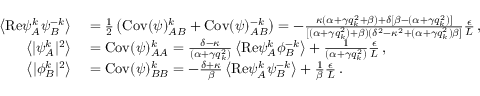
\begin{array} { r l } { \left\langle \mathrm { R e } { \psi } _ { A } ^ { k } { \psi } _ { B } ^ { - k } \right\rangle } & { { } = \frac { 1 } { 2 } \left( \mathrm { C o v } ( \psi ) _ { A B } ^ { k } + \mathrm { C o v } ( \psi ) _ { A B } ^ { - k } \right) = - \frac { \kappa ( \alpha + \gamma q _ { k } ^ { 2 } + \beta ) + \delta [ \beta - ( \alpha + \gamma q _ { k } ^ { 2 } ) ] } { [ ( \alpha + \gamma q _ { k } ^ { 2 } ) + \beta ) ( \delta ^ { 2 } - \kappa ^ { 2 } + ( \alpha + \gamma q _ { k } ^ { 2 } ) \beta ] } \frac { \epsilon } { L } \, , } \\ { \left\langle \vert { \psi } _ { A } ^ { k } \vert ^ { 2 } \right\rangle } & { { } = \mathrm { C o v } ( \psi ) _ { A A } ^ { k } = \frac { \delta - \kappa } { ( \alpha + \gamma q _ { k } ^ { 2 } ) } \left\langle \mathrm { R e } { \psi } _ { A } ^ { k } { \phi } _ { B } ^ { - k } \right\rangle + \frac { 1 } { ( \alpha + \gamma q _ { k } ^ { 2 } ) } \frac { \epsilon } { L } \, , } \\ { \left\langle \vert { \phi } _ { B } ^ { k } \vert ^ { 2 } \right\rangle } & { { } = \mathrm { C o v } ( \psi ) _ { B B } ^ { k } = - \frac { \delta + \kappa } { \beta } \left\langle \mathrm { R e } { \psi } _ { A } ^ { k } { \psi } _ { B } ^ { - k } \right\rangle + \frac { 1 } { \beta } \frac { \epsilon } { L } \, . } \end{array}